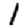
Digit: 1